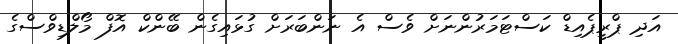
އަދި ޕްރީޕެއިޑް ކަސްޓަމަރުންނަށް ވެސް އެ ނަންބަރަށް ގުޅައިގެން ބޭންކް އޮފް މޯލްޑިވްސްގެ